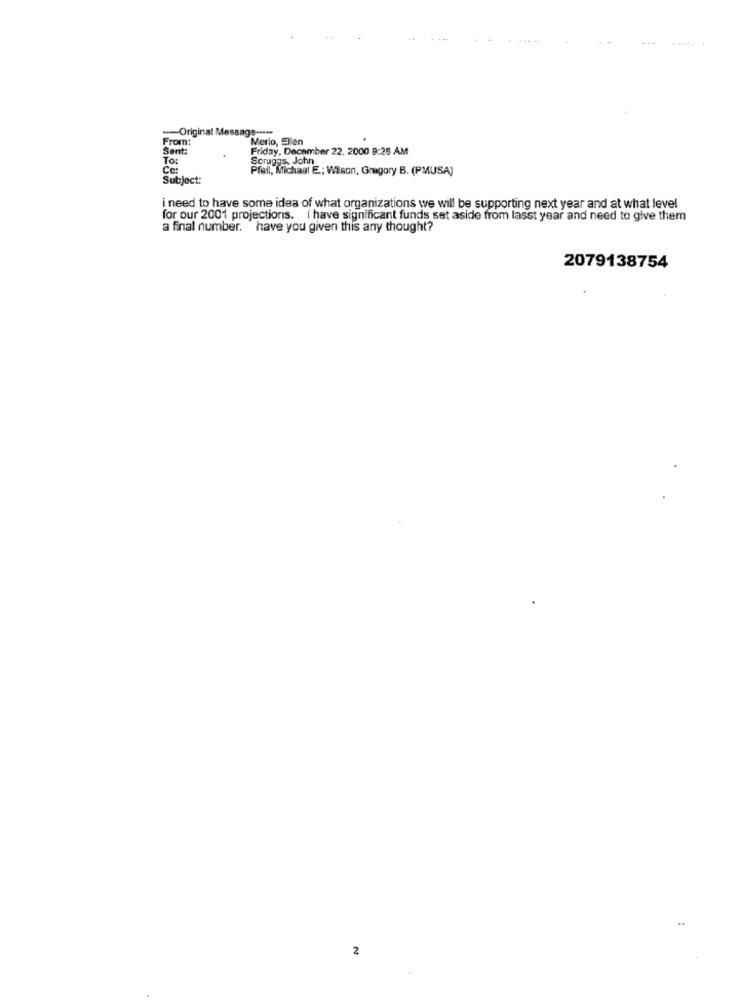
-Original Message -....
From:
Merlo, Ellen
Sent:
Friday, December 22, 2000 9:26 AM
To:
Scruggs, John
Co:
Pfeil, Michaal E; Wilson, Gregory B. (PMUSA)
Subject:
i need to have some idea of what organizations we will be supporting next year and at what level
for our 2001 projections. ( have significant funds set aside from lasst year and need to give them
a final number. have you given this any thought?
2079138754
2